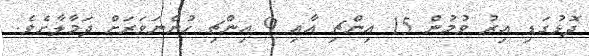
ދޮޅުގަޑި އިރު ވުމުން 15 އިންޗި އާއި 9 އިންޗި ހުންނަވަރަށް ދަމާލާށެވެ.